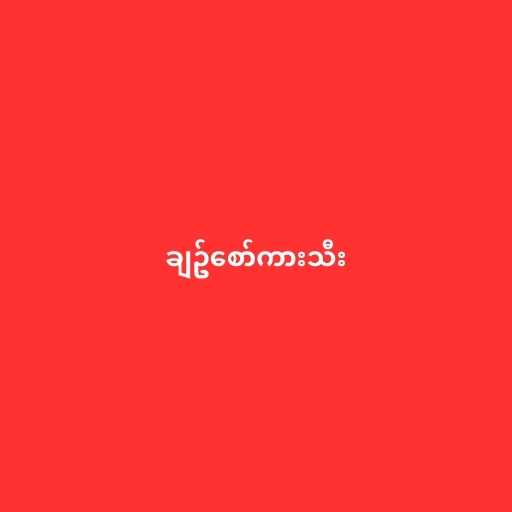
ချဥ်စော်ကားသီး